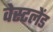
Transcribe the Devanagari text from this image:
वेस्टलेंड